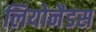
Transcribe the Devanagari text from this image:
लियोनैडस